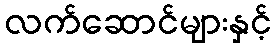
လက်ဆောင်များနှင့်